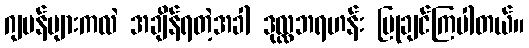
ဂျပန်များကလဲ အချိန်ရတဲ့အခါ ဒုလ္လဘရဟန်း ပြုချင်ကြပါတယ်။